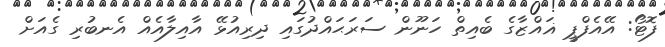
ފޮޓޯ: އޭއެފްޕީ ޣައްޒާގެ ބެއިތް ހަނޫން ސަރަޙައްދުގައި ދިރިއުޅޭ އާއިލާއެއް އެނބުރި ގެއަށް